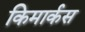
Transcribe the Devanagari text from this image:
किमार्कस